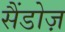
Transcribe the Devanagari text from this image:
सैंडोज़